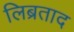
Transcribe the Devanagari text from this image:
लिब्रताद